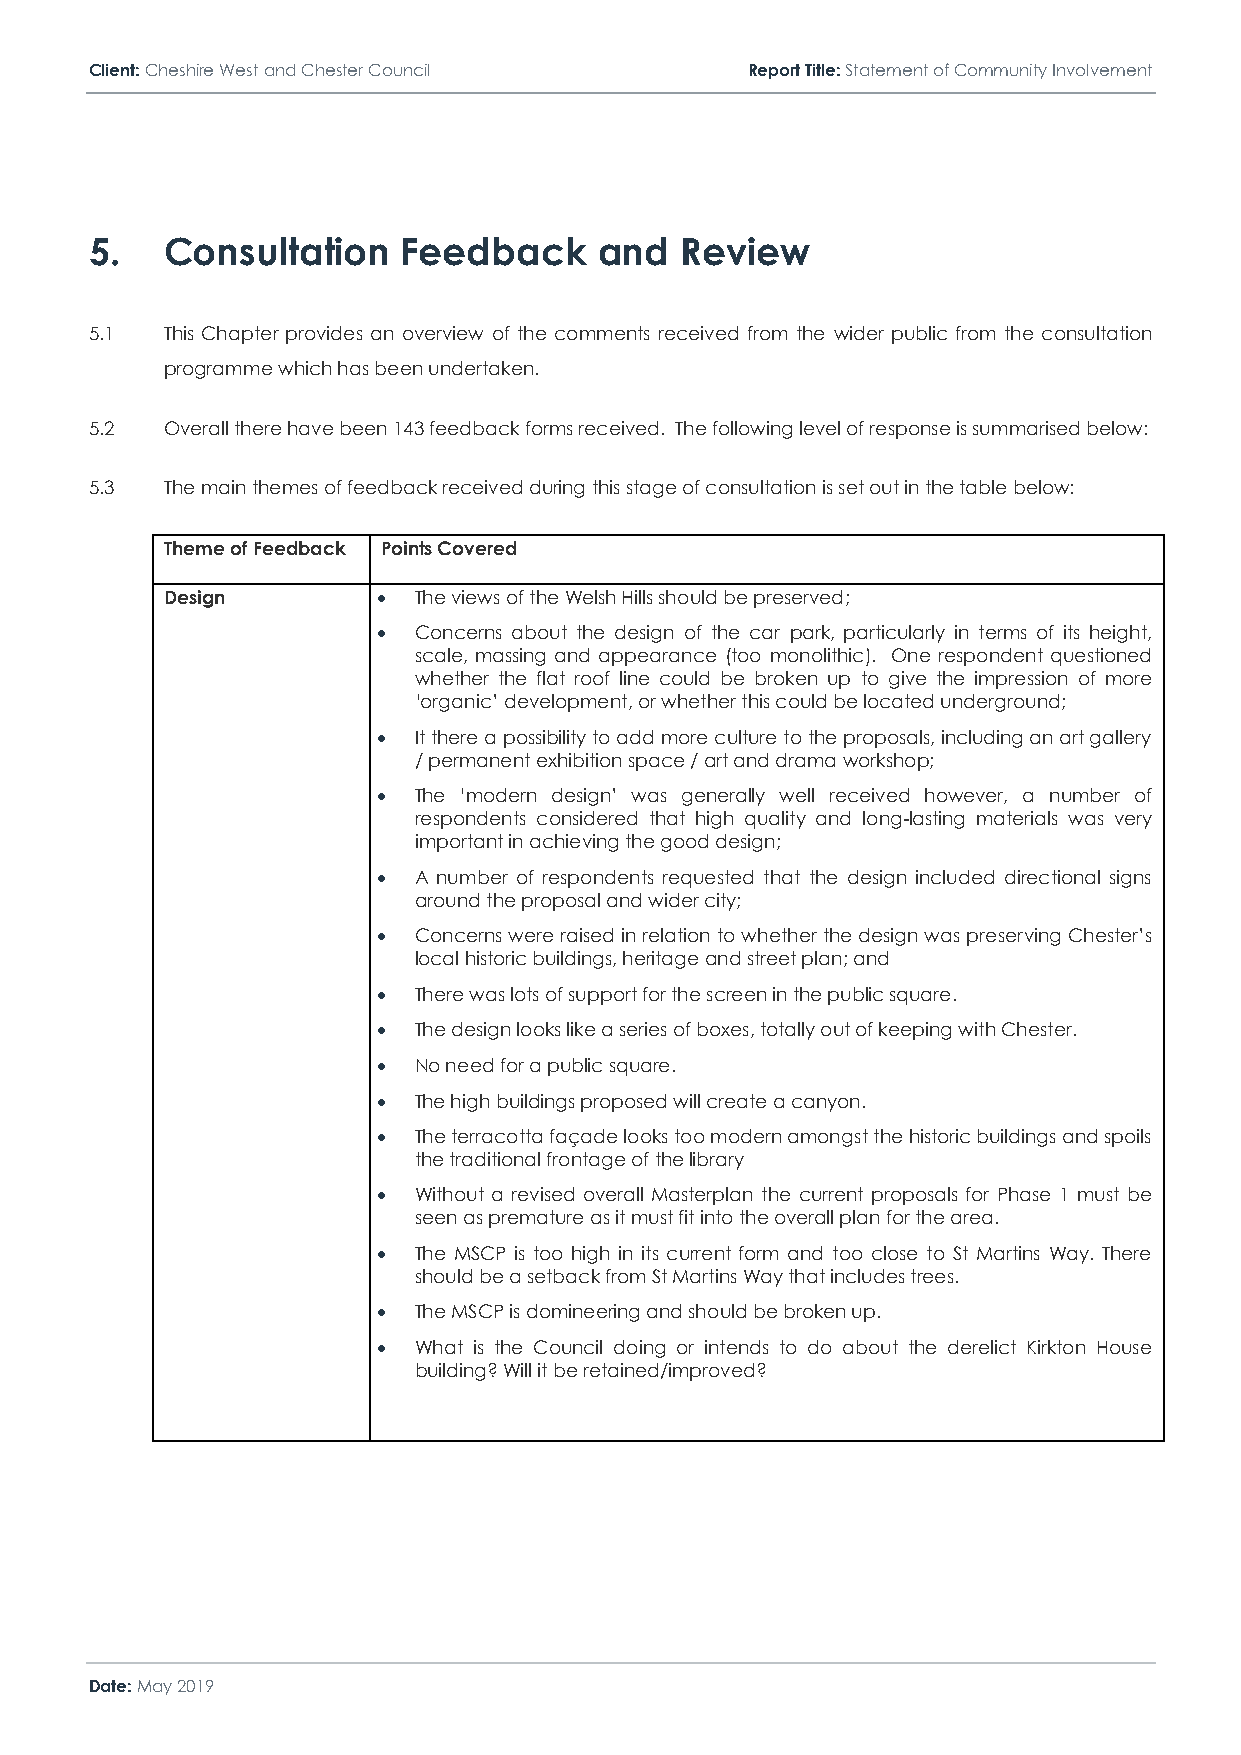
Client: Cheshire West and Chester Council  Report Title: Statement of Community Involvement
 5.   Consultation    Feedback     and  Review
 5.1  This Chapter provides an overview of the comments received from the wider public from the consultation
 programme which has been undertaken.
 5.2  Overall there have been 143 feedback forms received. The following level of response is summarised below:
 5.3  The main themes of feedback received during this stage of consultation is set out in the table below:
 Theme of Feedback Points Covered
 Design        • The views of the Welsh Hills should be preserved;
 • Concerns about the design of the car park, particularly in terms of its height,
 scale, massing and appearance (too monolithic). One respondent questioned
 whether the flat roof line could be broken up to give the impression of more
 ‘organic’ development, or whether this could be located underground;
 • It there a possibility to add more culture to the proposals, including an art gallery
 / permanent exhibition space / art and drama workshop;
 • The ‘modern design’ was generally well received however, a number of
 respondents considered that high quality and long-lasting materials was very
 important in achieving the good design;
 • A number of respondents requested that the design included directional signs
 around the proposal and wider city;
 • Concerns were raised in relation to whether the design was preserving Chester’s
 local historic buildings, heritage and street plan; and
 • There was lots of support for the screen in the public square.
 • The design looks like a series of boxes, totally out of keeping with Chester.
 • No need for a public square.
 • The high buildings proposed will create a canyon.
 • The terracotta façade looks too modern amongst the historic buildings and spoils
 the traditional frontage of the library
 • Without a revised overall Masterplan the current proposals for Phase 1 must be
 seen as premature as it must fit into the overall plan for the area.
 • The MSCP is too high in its current form and too close to St Martins Way. There
 should be a setback from St Martins Way that includes trees.
 • The MSCP is domineering and should be broken up.
 • What is the Council doing or intends to do about the derelict Kirkton House
 building? Will it be retained/improved?
 Date: May 2019